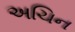
અચિન